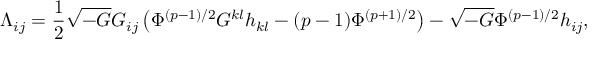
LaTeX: { \Lambda } _ { i j } = \frac { 1 } { 2 } \sqrt { - G } G _ { i j } \left( { \Phi } ^ { ( p - 1 ) / 2 } G ^ { k l } h _ { k l } - ( p - 1 ) { \Phi } ^ { ( p + 1 ) / 2 } \right) - \sqrt { - G } { \Phi } ^ { ( p - 1 ) / 2 } h _ { i j } ,